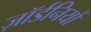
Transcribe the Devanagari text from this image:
ज़ॉर्डनियों